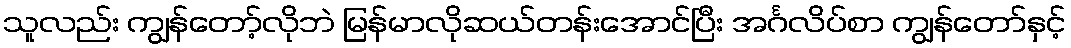
သူလည်း ကျွန်တော့်လိုဘဲ မြန်မာလိုဆယ်တန်းအောင်ပြီး အင်္ဂလိပ်စာ ကျွန်တော်နှင့်